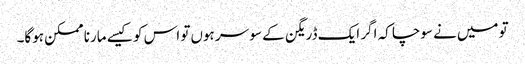
تو میں‌نے سوچا کہ اگر ایک ڈریگن کے سو سر ہوں‌تو اس کو کیسے مارنا ممکن ہوگا۔